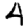
Digit: 4